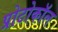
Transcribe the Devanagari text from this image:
प्रोटोकाॅल